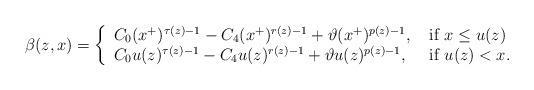
LaTeX: \begin{align*} \beta(z,x)=\left\{ \begin{array}{ll} C_0(x^+)^{\tau(z)-1}-C_4(x^+)^{r(z)-1}+\vartheta (x^+)^{p(z)-1}, & \hbox{ if }x\leq u(z) \\ C_0 u(z)^{\tau(z)-1}-C_4u(z)^{r(z)-1}+\vartheta u(z)^{p(z)-1}, & \hbox{ if } u(z)<x. \end{array} \right.\end{align*}